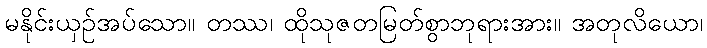
မနိုင်းယှဉ်အပ်သော။ တဿ၊ ထိုသုဇတမြတ်စွာဘုရားအား။ အတုလိယော၊